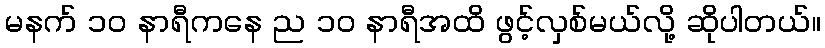
မနက် ၁၀ နာရီကနေ ည ၁၀ နာရီအထိ ဖွင့်လှစ်မယ်လို့ ဆိုပါတယ်။